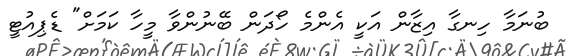
ބުނަމާ ހިނގާ އިޒާން އަކީ އެންމެ ހޯދަން ބޭނުންވާ މީހާ ކަމަށް" ޑެޕިއުޓީ